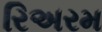
રિઅરમ